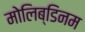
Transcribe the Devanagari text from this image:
मोलिब्डिनम